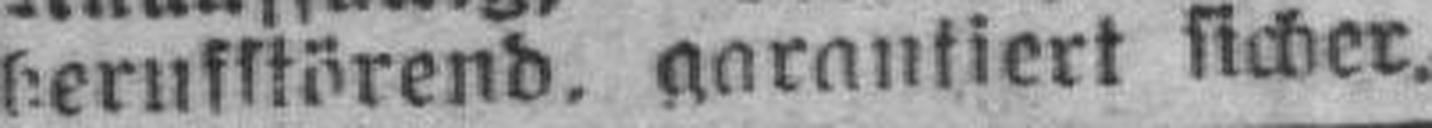
berufstörend. garantiert sicher.